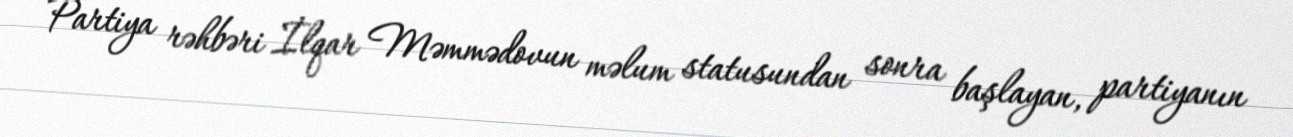
Partiya rəhbəri İlqar Məmmədovun məlum statusundan sonra başlayan, partiyanın